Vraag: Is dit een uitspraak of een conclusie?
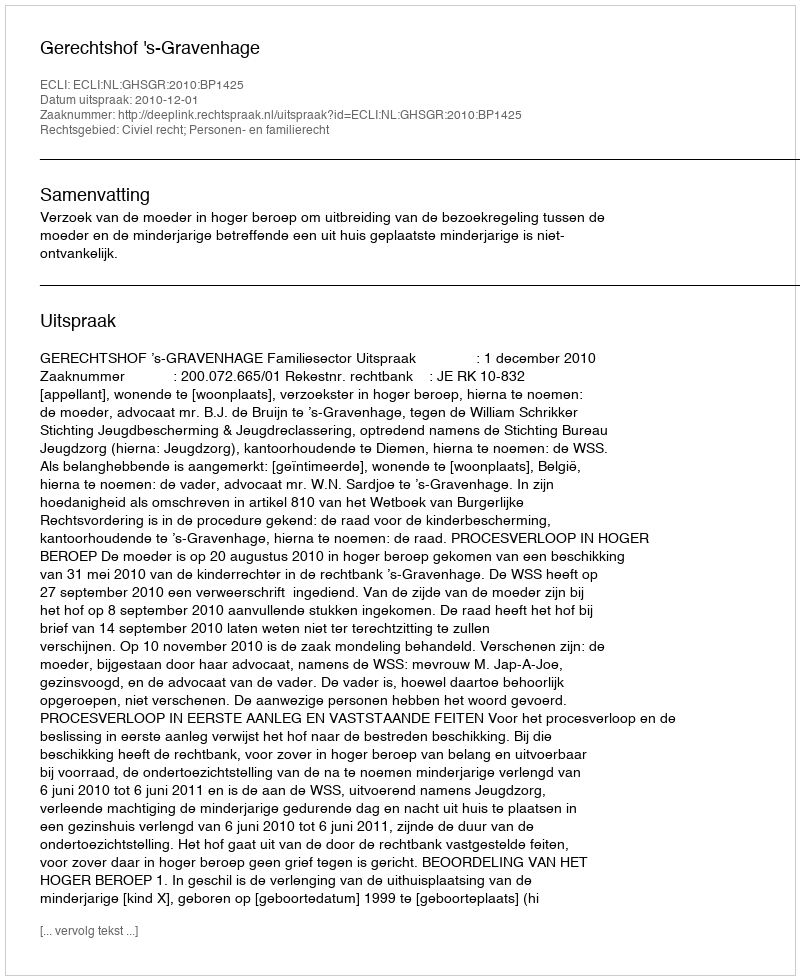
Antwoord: Uitspraak